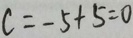
c = - 5 + 5 = 0